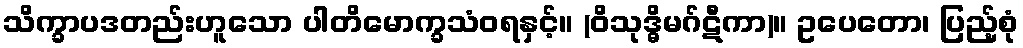
သိက္ခာပဒတည်းဟူသော ပါတိမောက္ခသံဝရနှင့်။ (ဝိသုဒ္ဓိမဂ်ဋီကာ)။ ဥပေတော၊ ပြည့်စုံ